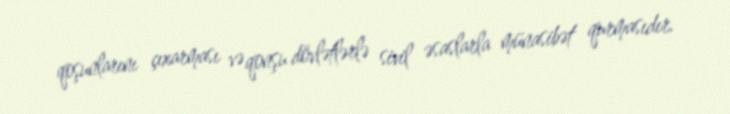
qoşunlarını çıxarması və qonşu dövlətlərlə sivil əsaslarla münasibət qurmasıdır.